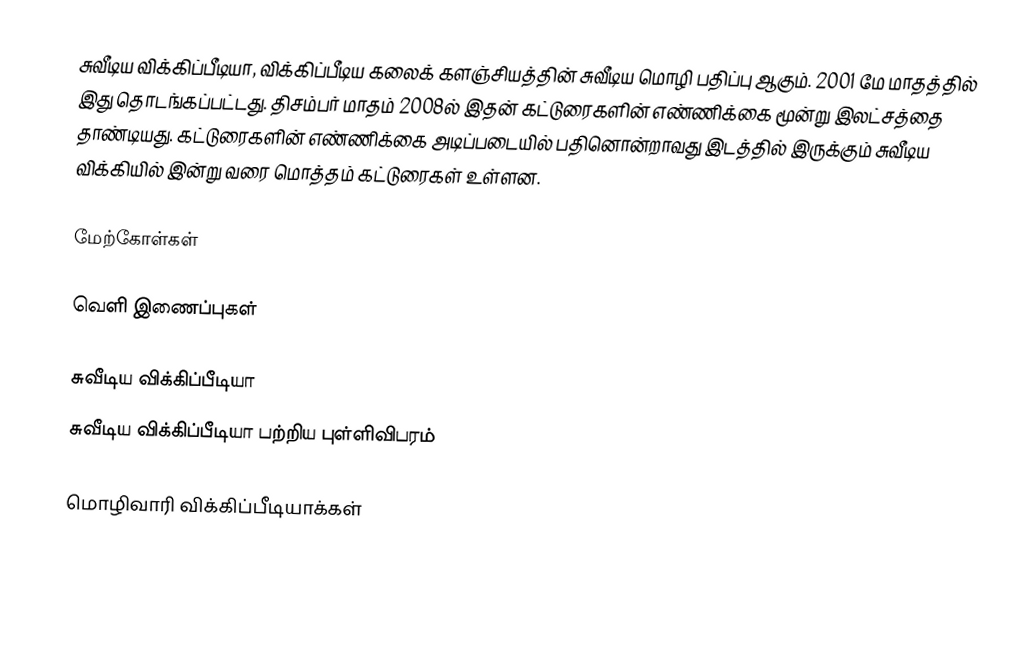
சுவீடிய விக்கிப்பீடியா, விக்கிப்பீடிய கலைக் களஞ்சியத்தின் சுவீடிய மொழி பதிப்பு ஆகும். 2001 மே மாதத்தில் இது தொடங்கப்பட்டது. திசம்பர் மாதம் 2008ல் இதன் கட்டுரைகளின் எண்ணிக்கை மூன்று இலட்சத்தை தாண்டியது. கட்டுரைகளின் எண்ணிக்கை அடிப்படையில் பதினொன்றாவது இடத்தில் இருக்கும் சுவீடிய விக்கியில் இன்று வரை மொத்தம் கட்டுரைகள் உள்ளன.

மேற்கோள்கள்

வெளி இணைப்புகள்

சுவீடிய விக்கிப்பீடியா
சுவீடிய விக்கிப்பீடியா பற்றிய புள்ளிவிபரம்

 மொழிவாரி விக்கிப்பீடியாக்கள்